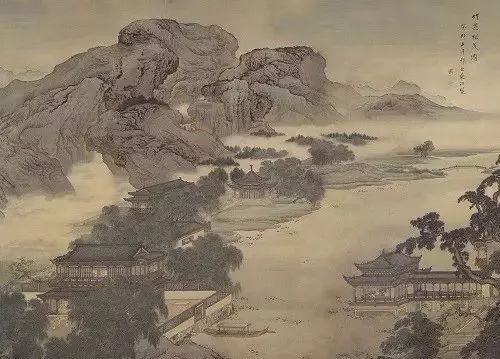
入春才七日，离家已二年。